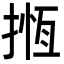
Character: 揯